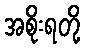
အစိုးရတို့